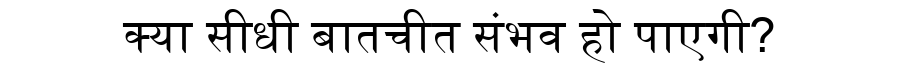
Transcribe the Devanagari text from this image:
क्या सीधी बातचीत संभव हो पाएगी?